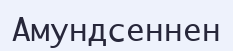
Амундсеннен